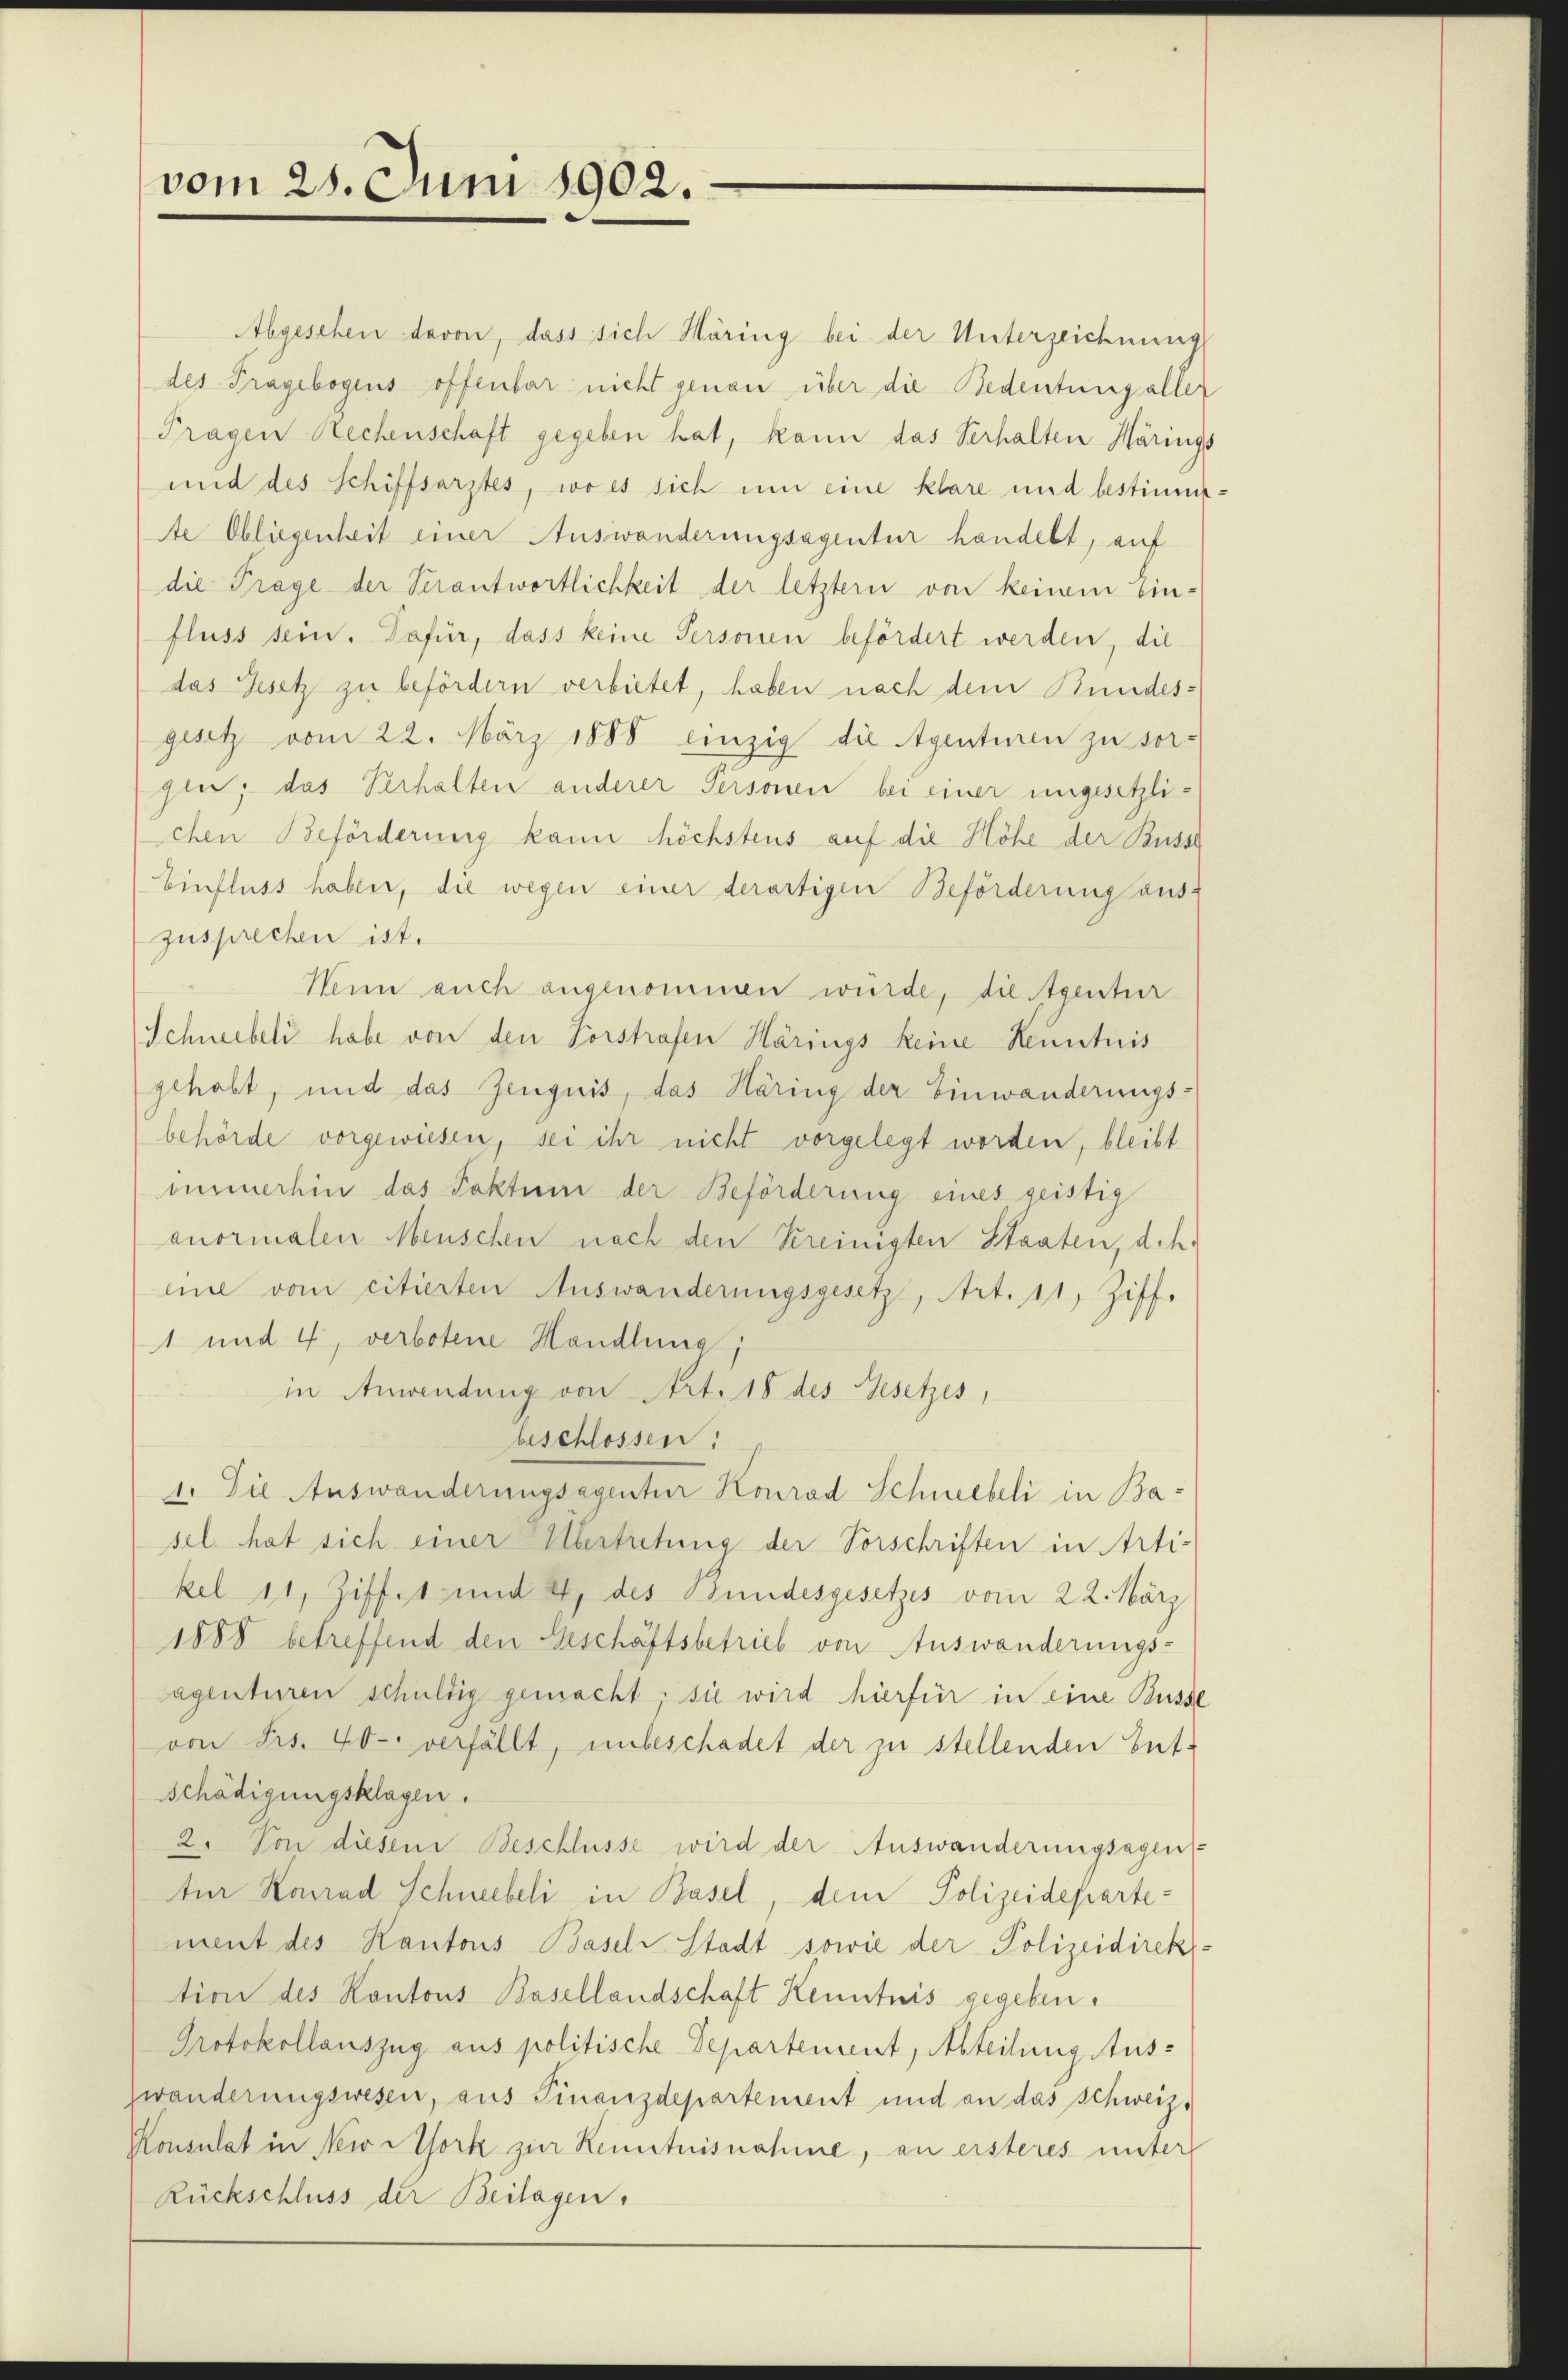
vom 25. Juni 1902.

Abgesehen davon, dass sich Häring bei der Unterzeichnung
des Pragebogens offenbar nicht genau über die Bedeutung aller
Tragen Rechenschaft gegeben hat, kann das Verhalten Märings
und des Schiffsarztes, wo es sich um eine klare und bestimm
de Obliegenheit einer Auswanderungsagentur handelt, auf
die Trage der Verantwortlichkeit der letztern von keinem Ein-
fluss sein. Dafür, dass keine Personen befördert werden, die
das Gesetz zu befördern verbietet, haben nach dem Bundesgesetz vom 22. März 1888 einzig die Agenturen zu sor-
gen; das Verhalten anderer Personen bei einer ungesetzlichen Beförderung kann höchstens auf die Höhe der Busse
Einfluss haben, die wegen einer derartigen Beförderung aus-
zusprechen ist.
Wenn auch angenommen wurde, die Agentur
Schneebeli habe von den Vorstrafen Härings keine Kenntnis
gehabt, und das Zeugnis, das Häring der Einwanderungs-
behörde vorgewiesen, sei ihr nicht vorgelegt worden, bleibt
immerhin das Faktum der Beförderung eines geistig
anormalen Menschen nach den Kreinigten Staaten, d. h.
eine vom citierten Auswanderungsgesetzt, Art. 11, Ziff.
1 und 4, verbotene Handlung;
in Anwendung von Art. 18 des Gesetzes,
beschlossen:
1. Die Auswanderungsagentur Konrad Schwebeli in Basel. hat sich einer Übertretung der Vorschriften in Arti-
kel 11, Ziffes und 4, des Bundesgesetzes vom 22. März
1888 betreffend den Geschäftsbetrieb von Auswanderungs-
agenturen schuldig gemacht: sie wird hierfür in eine Busse
von Frs. 40. verfällt, unbeschadet der zu stellenden Ent-
schädigungsklagen.
2. Von diesem Beschlüsse wird der Auswanderungsagens-
ter Konrad Schneebeli in Basel, dem Polizeidepartement des Kantons Basel Stadt sowie der Polizeidirek
tion des Kantons Basellandschaft Kenntnis gegeben.
Protokollauszug aus politische Departement, Abteilung Auswanderungswesen, aus Finanzdepartement und an das Schweiz.
Konsulat in New Aork zur Kenntnisnahme, an ersteres unter
Rückschluss der Beilagen.